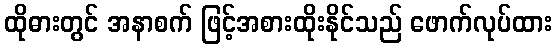
ထိုဓားတွင် အနာစက် ဖြင့်အစားထိုးနိုင်သည် ဖောက်လုပ်ထား